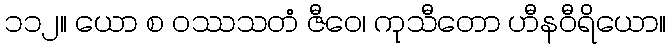
၁၁၂။ ယော စ ဝဿသတံ ဇီဝေ၊ ကုသီတော ဟီနဝီရိယော။